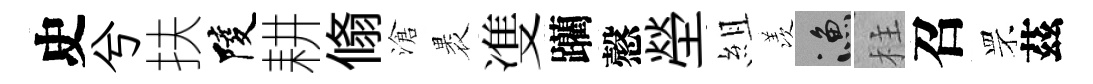
史兮扶陵耕翛滄褁㕠躪慤塋組羡漁柱召罘茲